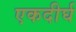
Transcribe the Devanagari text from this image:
एकदीर्घ